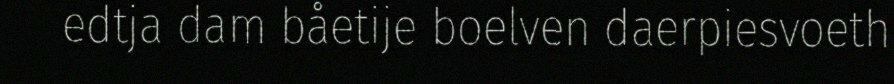
edtja dam båetije boelven daerpiesvoeth